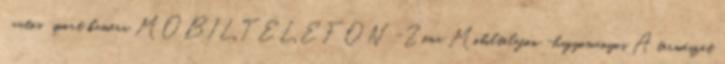
autós sport kamera MOBILTELEFON -Zóna Mobiltelefon -hagyományos A természet